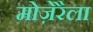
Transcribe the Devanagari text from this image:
मोज़ेरैला